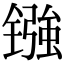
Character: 镪